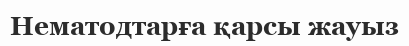
Нематодтарға қарсы жауыз